Report on lock hospitals in British Burma
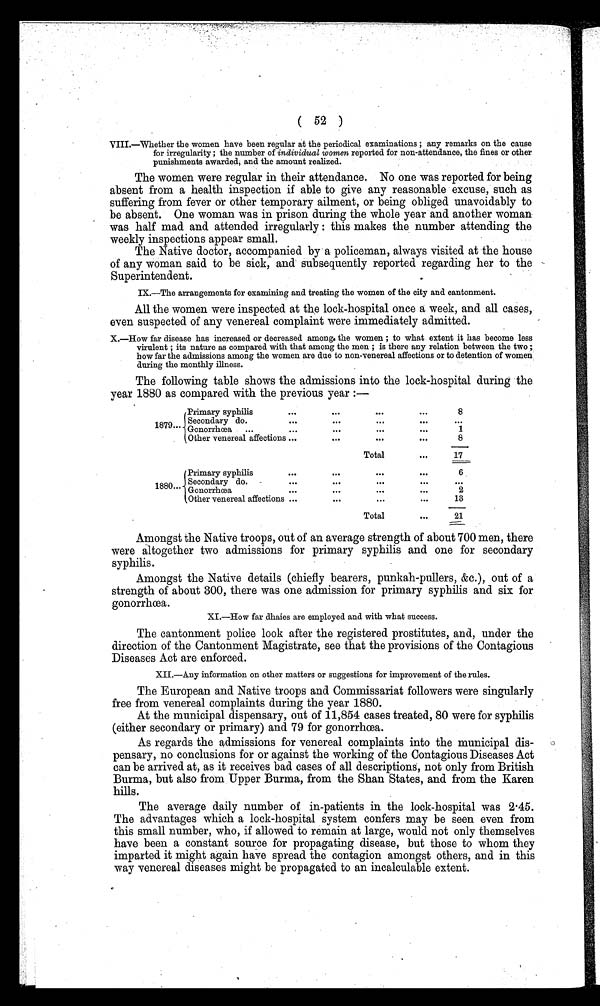
( 52 )
VIII. whether the women have been regular at the periodical examinations ; any remarks on the cause
for irregularity ; the number of individual women reported for non-attendance, the fines or other
punishments awarded; and the amount realized.
The women were regular in their attendance. No one was reported for being
absent from a health inspection if able to give any reasonable excuse, such as
suffering from fever or other temporary ailment, or being obliged unavoidably to
be absent. One woman was in prison during the whole year and another woman
was half mad and attended irregularly : this makes the number attending the
weekly inspections appear small.
The Native doctor, accompanied by a policeman, always visited at the house
of any woman said to be sick, and subsequently reported regarding her to the
Superintendent.
IX.—The arrangements for examining and treating the women of the city and cantonment.
All the women were inspected at the lock-hospital once a week, and all cases,
even suspected of any venereal complaint were immediately admitted.
X.—How far disease has increased or decreased among the women ; to what extent it has become less
virulent ; its nature as compared with that among the men ; is there any relation between the two ;
how far the admissions among the women are due to non-venereal affections or to detention of women
during the monthly illness.
The following table shows the admissions into the lock-hospital during the
year 1880 as compared with the previous year :—
Primary syphilis
1879...
Secondary do.
Gonorrhœa
...
Other venereal affections
...
. . .
. . .
. . .
8
. . .
...
. . .
. . .
. . .
. . .
. . .
. . .
. . .
1
...
. . .
. . .
. . .
8
Total
. . .
17
Primary syphilis
Secondary do.
1880 ... Gonorrhœa
Other venereal affections
. . . . . .
. . .
. . .
6
. . .
. . .
"
. . .
. . .
. . .
. . .
. . . . . .
...
. . .
2
...
...
...
. . .
13
Total
...
21
Amongst the Native troops, out of an average strength of about 700 men, there
were altogether two admissions for primary syphilis and one for secondary
syphilis.
Amongst the Native details (chiefly bearers, punkah-pullers, &c.), out of a
strength of about 300, there was one admission for primary syphilis and six for
gonorrhœa.
XI.—How far dhaies are employed and with what success.
The cantonment police look after the registered prostitutes, and, under the
direction of the Cantonment Magistrate, see that the provisions of the Contagious
Diseases Act are enforced.
XII.—Any information on other matters or suggestions for improvement of the rules.
The European and Native troops and Commissariat followers were singularly
free from venereal complaints during the year 1880.
At the municipal dispensary, out of 11,854 cases treated, 80 were for syphilis
(either secondary or primary) and 79 for gonorrh œa.
As regards the admissions for venereal complaints into the municipal dis-
pensary, no conclusions for or against the working of the Contagious Diseases Act
can be arrived at, as it receives bad cases of all descriptions, not only from British
Burma, but also from Upper Burma, from the Shan States, and from the Karen
hills.
The average daily number of in-patients in the lock-hospital was 2.45.
The advantages which a lock-hospital system confers may be seen even from
this small number, who, if allowed to remain at large, would not only themselves
have been a constant source for propagating disease, but those to whom they
imparted it might again have spread the contagion amongst others, and in this
way venereal diseases might be propagated to an incalculable extent.